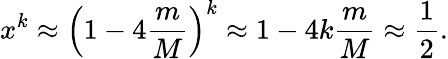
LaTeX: x^{k}\approx\left(1-4\frac{m}{M}\right)^{k}\approx 1-4k\frac{m}{M}\approx\frac{1}{2}.